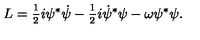
L = \frac { _ 1 } { ^ 2 } i \psi ^ { * } \dot { \psi } - \frac { _ 1 } { ^ 2 } i \dot { \psi } ^ { * } \psi - \omega \psi ^ { * } \psi .